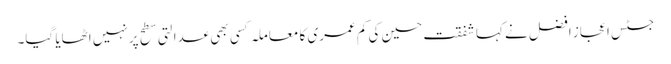
جسٹس اعجاز افضل نے کہا شفقت حسین کی کم عمری کا معاملہ کسی بھی عدالتی سطح پر نہیں اٹھایا گیا۔